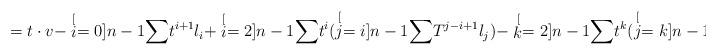
LaTeX: \begin{align*}=t\cdot v-\stackrel[i=0]{n-1}{\sum}t^{i+1}l_{i}+\stackrel[i=2]{n-1}{\sum}t^{i}(\stackrel[j=i]{n-1}{\sum}T^{j-i+1}l_{j})-\stackrel[k=2]{n-1}{\sum}t^{k}(\stackrel[j=k]{n-1}{\sum}T^{j-k+1}l_{k})=\end{align*}